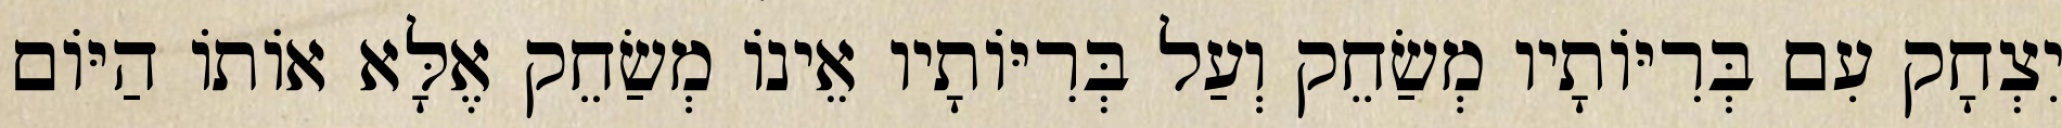
יִצְחָק עִם בְּרִיּוֹתָיו מְשַׂחֵק וְעַל בְּרִיּוֹתָיו אֵינוֹ מְשַׂחֵק אֶלָּא אוֹתוֹ הַיּוֹם